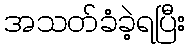
အသတ်ခံခဲ့ရပြီး